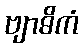
ဗျာဓိကံ